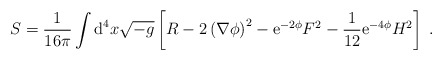
\begin{align*}S = \frac{1}{16 \pi} \int \mbox{d}^{4} x \sqrt{- g}\left[ R - 2 \left( \nabla \phi \right)^{2} - \mbox{e}^{-2 \phi} F^{2} - \frac{1}{12} \mbox{e}^{- 4 \phi} H^2\right] \; . \end{align*}